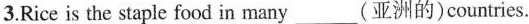
3.Rice is the staple food in many___(亚洲的)countries.